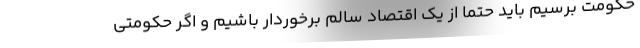
حکومت برسیم باید حتماً‌ از یک اقتصاد سالم برخوردار باشیم و اگر حکومتی